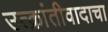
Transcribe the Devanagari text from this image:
उत्क्रांतीवादाचा